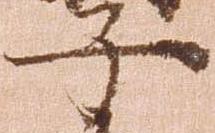
子